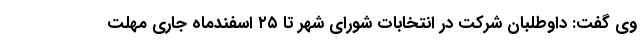
وی گفت: داوطلبان شرکت در انتخابات شورای شهر تا ۲۵ اسفندماه جاری مهلت